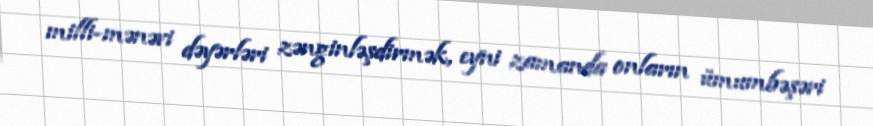
milli-mənəvi dəyərləri zənginləşdirmək, eyni zamanda onların ümumbəşəri